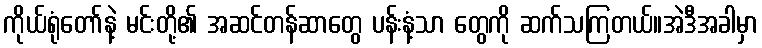
ကိုယ်ရုံတော်နဲ့ မင်းတို့၏ အဆင်တန်ဆာတွေ ပန်းနံ့သာ တွေကို ဆက်သကြတယ်။အဲဒီအခါမှာ